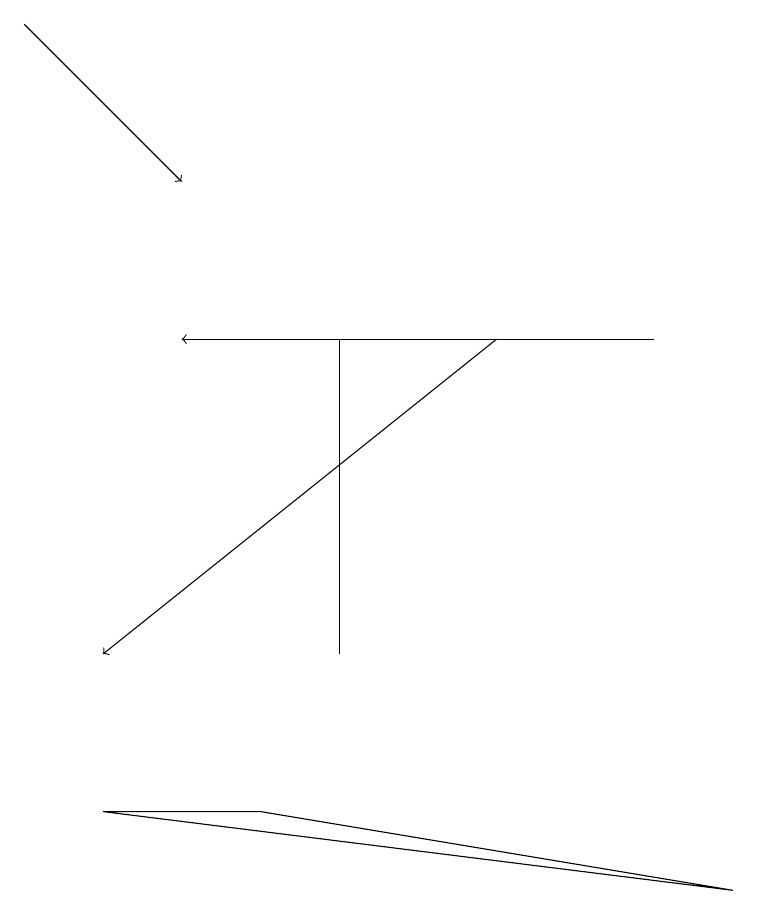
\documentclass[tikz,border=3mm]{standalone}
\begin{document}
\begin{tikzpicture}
\draw[->] (0,19) -- (2,17);
\draw (4,15) rectangle (4,11);
\draw[->] (8,15) -- (2,15);
\draw (3,9) -- (1,9) -- (9,8) -- cycle;
\draw[->] (6,15) -- (1,11);
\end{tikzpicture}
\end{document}